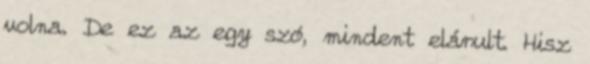
volna. De ez az egy szó, mindent elárult. Hisz